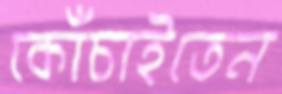
কোঁচাইতেন